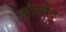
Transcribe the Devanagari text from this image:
कौम्बैट